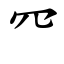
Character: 㓁